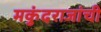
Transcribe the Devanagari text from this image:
मकुंदराजांची